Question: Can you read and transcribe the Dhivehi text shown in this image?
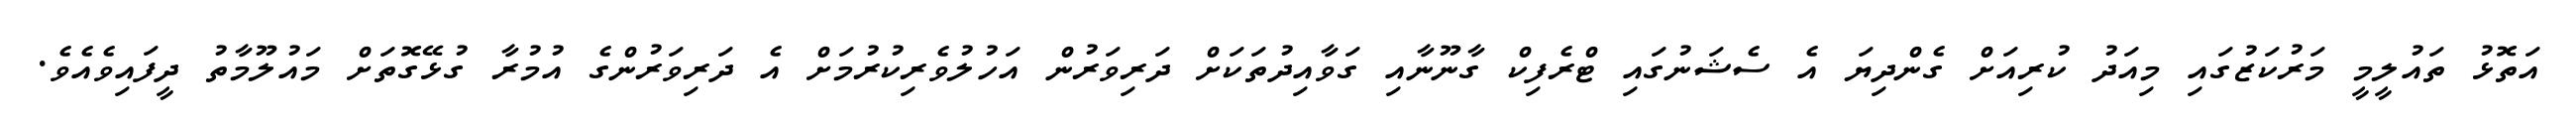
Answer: އަތޮޅު ތައުލީމީ މަރުކަޒުގައި މިއަދު ކުރިއަށް ގެންދިޔަ އެ ސެޝަނުގައި ޓްރެފިކް ގާނޫނާއި ގަވާއިދުތަކަށް ދަރިވަރުން އަހުލުވެރިކުރުމަށް އެ ދަރިވަރުންގެ އުމުރާ ގުޅޭގޮތަށް މައުލޫމާތު ދީފައިވެއެވެ.